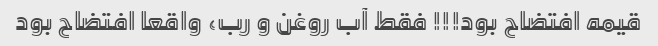
قیمه افتضاح بود!!! فقط آب روغن و رب، واقعا افتضاح بود